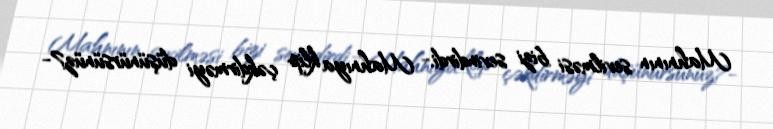
Mahnının sevilməsi bizi sevindirdi.- Mahnıya klip çəkdirməyi düşünürsünüz?-